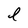
Character: l